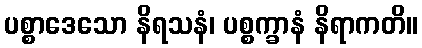
ပစ္စာဒေသော နိရသနံ၊ ပစ္စက္ခာနံ နိရာကတိ။